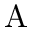
\mathrm { A }